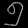
Digit: ၅